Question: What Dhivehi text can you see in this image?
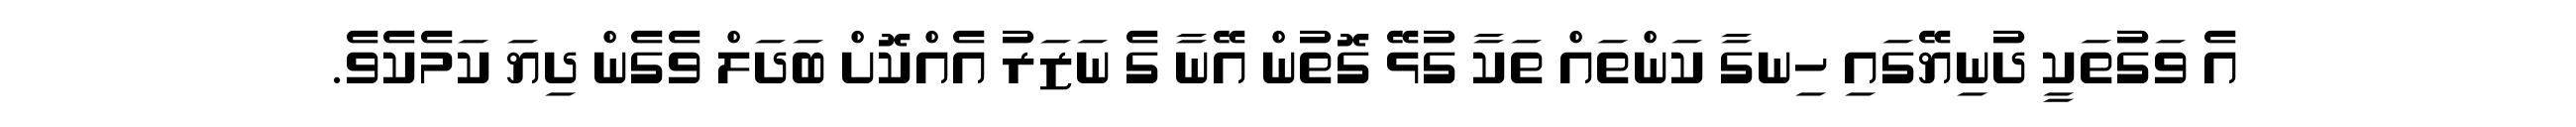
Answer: އެ ވަގުތަކީ ދުނިޔޭގައި ހިނގާ ކަންތައް ތަކާ ގުޅޭ ގޮތުން އޭނާ ގެ ނަޒަރު އެއްކޮށް ބަދަލް ވެގެން ދިޔަ ކަމެކެވެ.